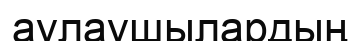
аулаушылардың